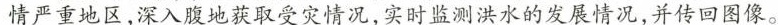
情严重地区，深入腹地获取受灾情况，实时监测洪水的发展情况，并传回图像。